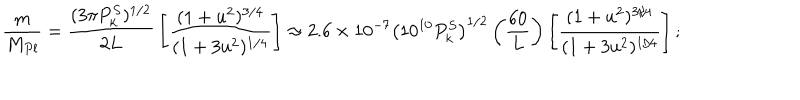
LaTeX: { \frac { m } { M _ { P l } } } = { \frac { ( 3 \pi P _ { k } ^ { S } ) ^ { 1 / 2 } } { 2 L } } \left[ { \frac { ( 1 + u ^ { 2 } ) ^ { 3 / 4 } } { ( 1 + 3 u ^ { 2 } ) ^ { 1 / 4 } } } \right] \approx 2 . 6 \times 1 0 ^ { - 7 } \left( 1 0 ^ { 1 0 } P _ { k } ^ { S } \right) ^ { 1 / 2 } \left( { \frac { 6 0 } { L } } \right) \left[ { \frac { ( 1 + u ^ { 2 } ) ^ { 3 / 4 } } { ( 1 + 3 u ^ { 2 } ) ^ { 1 / 4 } } } \right] ;